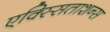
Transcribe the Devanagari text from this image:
एक्स्सिताशन्स